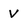
Character: V